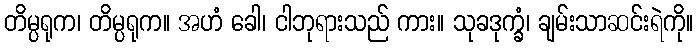
တိမ္ပရုက၊ တိမ္ပရုက။ အဟံ ခေါ၊ ငါဘုရားသည် ကား။ သုခဒုက္ခံ၊ ချမ်းသာဆင်းရဲကို။